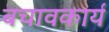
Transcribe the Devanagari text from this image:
बचावकार्य